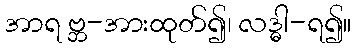
အာရ ဗ္ဘ-အားထုတ်၍၊ လဒ္ဓါ-ရ၍။